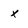
Character: x